Report of the Indian Hemp Drugs Commission, 1894-1895 - Volume I
Year: 1894
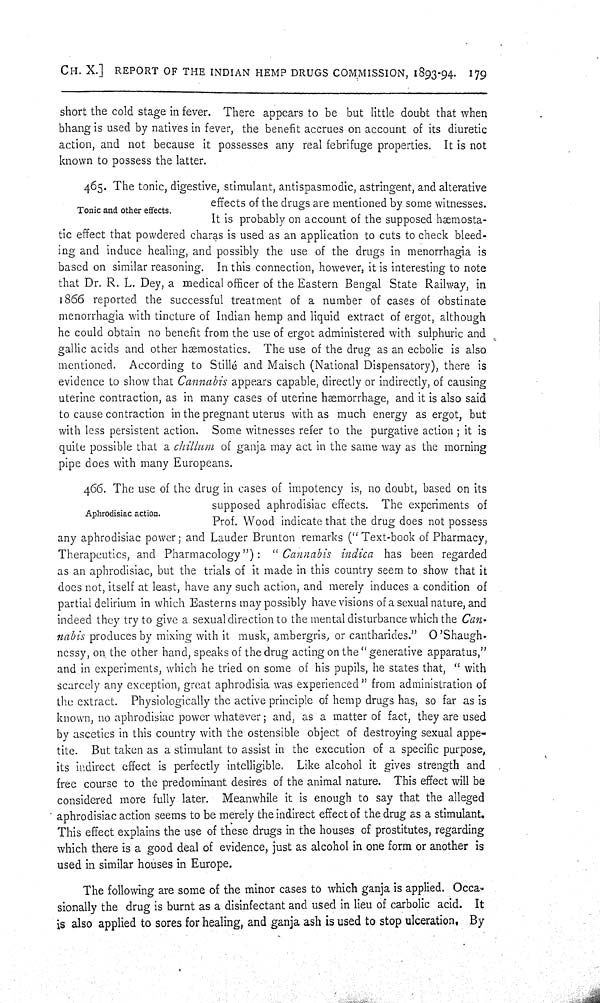
CH. X.] REPORT OF THE INDIAN HEMP DRUGS COMMISSION, 1893-94. 179
short the cold stage in fever. There appears to be but little doubt that when
bhang is used by natives in fever, the benefit accrues on account of its diuretic
action, and not because it possesses any real febrifuge properties. It is not
known to possess the latter.
Tonic and other effects.
465. The tonic, digestive, stimulant, antispasmodic, astringent, and alterative
effects of the drugs are mentioned by some witnesses.
It is probably on account of the supposed hæmosta-
tic effect that powdered charas is used as an application to cuts to check bleed-
ing and induce healing, and possibly the use of the drugs in menorrhagia is
based on similar reasoning. In this connection, however, it is interesting to note
that Dr. R. L. Dey, a medical officer of the Eastern Bengal State Railway, in
1866 reported the successful treatment of a number of cases of obstinate
menorrhagia with tincture of Indian hemp and liquid extract of ergot, although
he could obtain no benefit from the use of ergot administered with sulphuric and
gallic acids and other hæmostatics. The use of the drug as an ecbolic is also
mentioned. According to Stillé and Maisch (National Dispensatory), there is
evidence to show that Cannabis appears capable, directly or indirectly, of causing
uterine contraction, as in many cases of uterine hæmorrhage, and it is also said
to cause contraction in the pregnant uterus with as much energy as ergot, but
with less persistent action. Some witnesses refer to the purgative action; it is
quite possible that a chillum of ganja may act in the same way as the morning
pipe does with many Europeans.
Aphrodisiac action.
466. The use of the drug in cases of impotency is, no doubt, based on its
supposed aphrodisiac effects. The experiments of
Prof. Wood indicate that the drug does not possess
any aphrodisiac power; and Lauder Brunton remarks ("Text-book of Pharmacy,
Therapeutics, and Pharmacology"): "Cannabis indica has been regarded
as an aphrodisiac, but the trials of it made in this country seem to show that it
does not, itself at least, have any such action, and merely induces a condition of
partial delirium in which Easterns may possibly have visions of a sexual nature, and
indeed they try to give a sexual direction to the mental disturbance which the Can-
nabis produces by mixing with it musk, ambergris, or cantharides." O'Shaugh-
nessy, on the other hand, speaks of the drug acting on the "generative apparatus,"
and in experiments, which he tried on some of his pupils, he states that, "with
scarcely any exception, great aphrodisia was experienced" from administration of
the extract. Physiologically the active principle of hemp drugs has, so far as is
known, no aphrodisiac power whatever; and, as a matter of fact, they are used
by ascetics in this country with the ostensible object of destroying sexual appe-
tite. But taken as a stimulant to assist in the execution of a specific purpose,
its indirect effect is perfectly intelligible. Like alcohol it gives strength and
free course to the predominant desires of the animal nature. This effect will be
considered more fully later. Meanwhile it is enough to say that the alleged
aphrodisiac action seems to be merely the indirect effect of the drug as a stimulant.
This effect explains the use of these drugs in the houses of prostitutes, regarding
which there is a good deal of evidence, just as alcohol in one form or another is
used in similar houses in Europe.
The following are some of the minor cases to which ganja is applied. Occa-
sionally the drug is burnt as a disinfectant and used in lieu of carbolic acid. It
is also applied to sores for healing, and ganja ash is used to stop ulceration. By